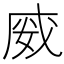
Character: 𭑿